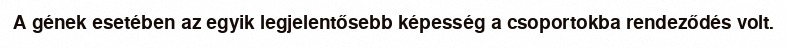
A gének esetében az egyik legjelentősebb képesség a csoportokba rendeződés volt.